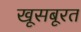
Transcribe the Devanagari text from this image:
खूसबूरत